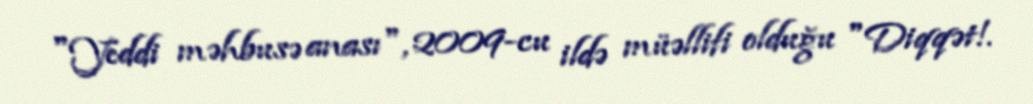
"Yeddi məhbusə anası", 2009-cu ildə müəllifi olduğu "Diqqət!.